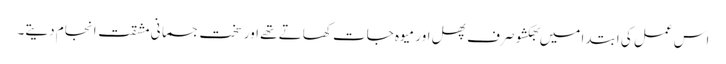
اس عمل کی ابتدا میں بھکشو صرف پھل اور میوہ جات کھاتے تھے اور سخت جسمانی مشقت انجام دیتے۔